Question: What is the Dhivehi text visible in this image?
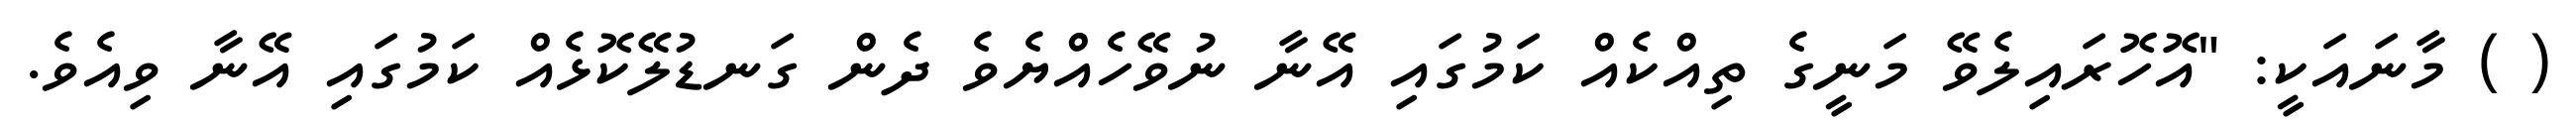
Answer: ( ) މާނައަކީ: "އޮހޮރައިލެވޭ މަނީގެ ތިއްކެއް ކަމުގައި އޭނާ ނުވޭހެއްޔެވެ ދެން ގަނޑުލޭކޮޅެއް ކަމުގައި އޭނާ ވިއެވެ.